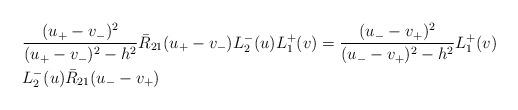
LaTeX: \begin{align*}&\frac{(u_{+}-v_{-})^{2}}{(u_{+}-v_{-})^{2}-h^{2}}\bar R_{21}(u_{+}-v_{-})L_{2}^{-}(u)L_{1}^{+}(v)=\frac{(u_{-}-v_{+})^{2}}{(u_{-}-v_{+})^{2}-h^{2}}L_{1}^{+}(v)\\&L_{2}^{-}(u)\bar R_{21}(u_{-}-v_{+})\end{align*}